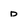
Character: d